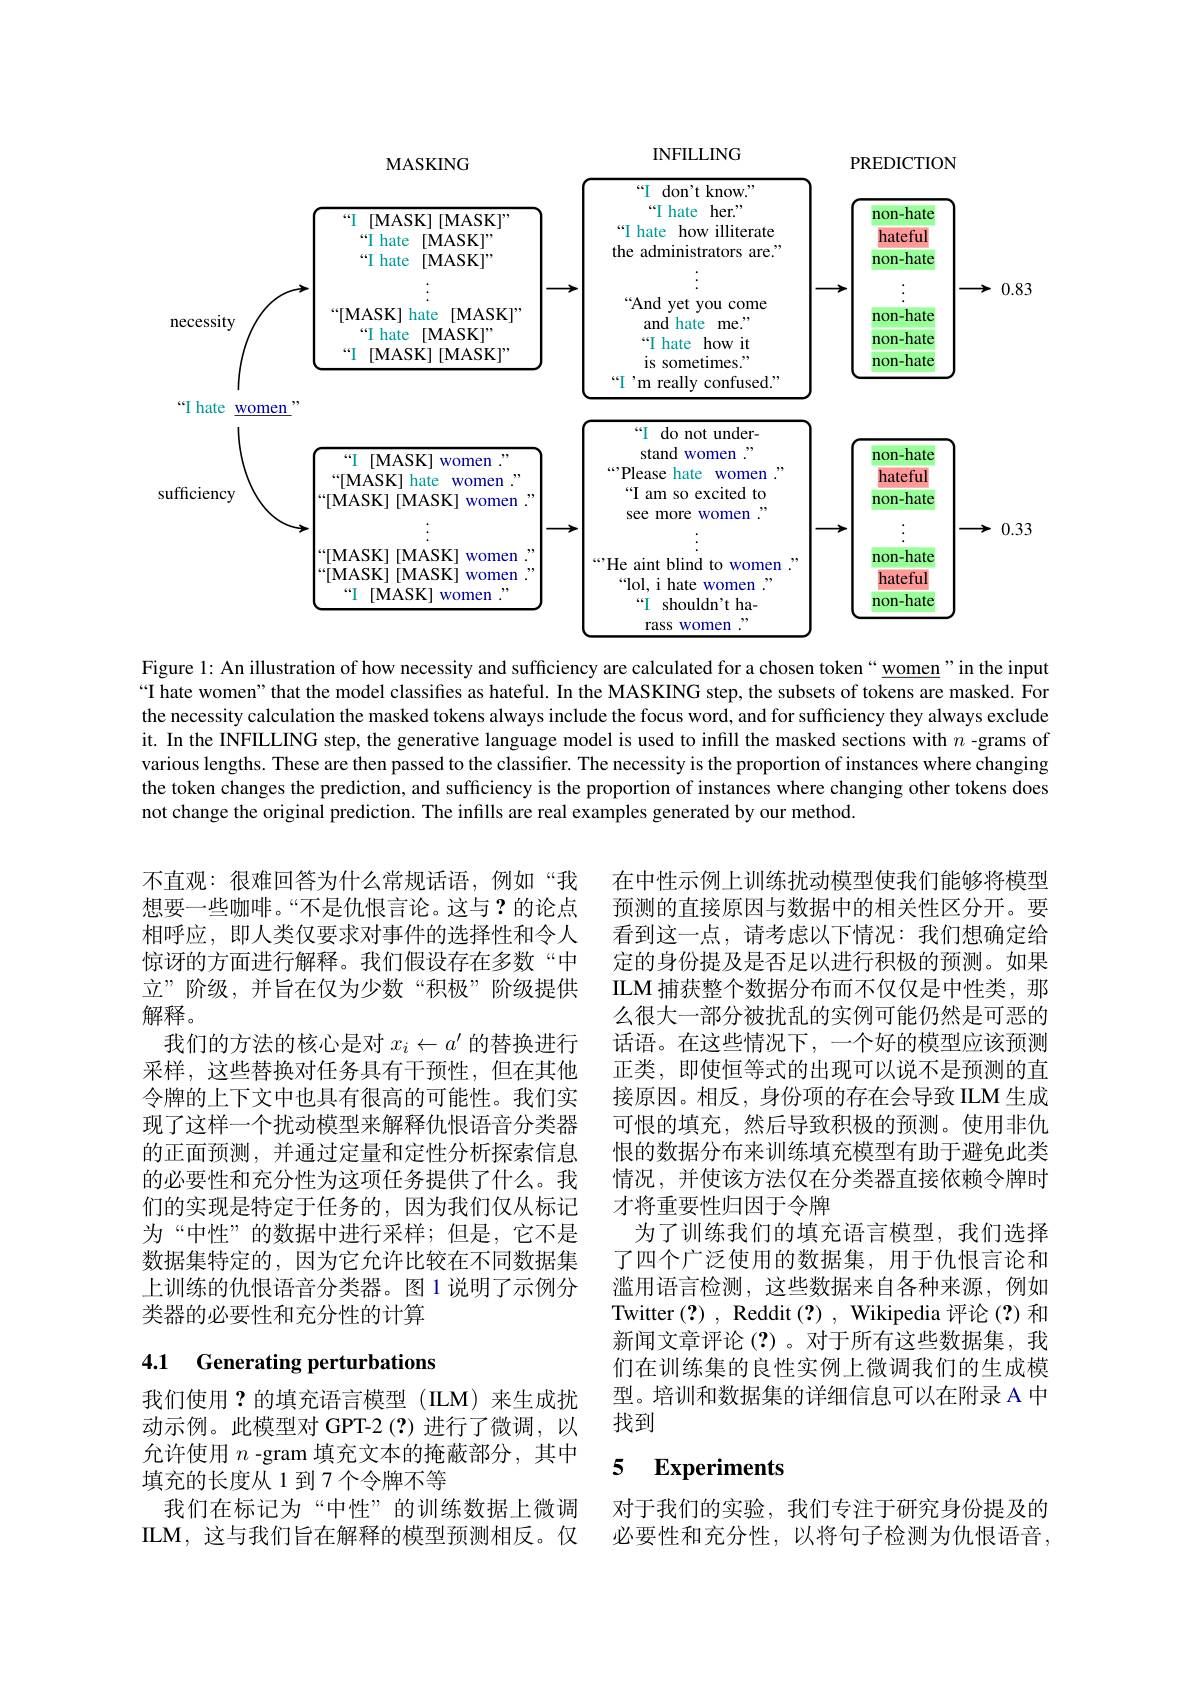
<FigureHere>

Figure 1: An illustration of how necessity and sufficiency are calculated for a chosen token“ women”in the input “I hate women" that the model classifies as hateful. In the MASKING step, the subsets of tokens are masked. For the necessity calculation the masked tokens always include the focus word, and for sufficiency they always exclude it. In the INFILLING step, the generative language model is used to infill the masked sections with $n$ -grams of various lengths. These are then passed to the classifier. The necessity is the proportion of instances where changing the token changes the prediction, and sufficiency is the proportion of instances where changing other tokens does not change the original prediction. The infills are real examples generated by our method.

不直观：很难回答为什么常规话语，例如“我想要一些咖啡。“不是仇恨言论。这与？的论点相呼应，即人类仅要求对事件的选择性和令人惊讶的方面进行解释。我们假设存在多数“中立”阶级，并旨在仅为少数“积极”阶级提供解释。
我们的方法的核心是对$x_i\leftarrow a^{\prime}$的替换进行采样，这些替换对任务具有干预性，但在其他令牌的上下文中也具有很高的可能性。我们实现了这样一个扰动模型来解释仇恨语音分类器的正面预测，并通过定量和定性分析探索信息的必要性和充分性为这项任务提供了什么。我们的实现是特定于任务的，因为我们仅从标记为“中性”的数据中进行采样；但是，它不是数据集特定的，因为它允许比较在不同数据集上训练的仇恨语音分类器。图1说明了示例分类器的必要性和充分性的计算

在中性示例上训练扰动模型使我们能够将模型预测的直接原因与数据中的相关性区分开。要看到这一点，请考虑以下情况：我们想确定给定的身份提及是否足以进行积极的预测。如果ILM 捕获整个数据分布而不仅仅是中性类，那么很大一部分被扰乱的实例可能仍然是可恶的话语。在这些情况下，一个好的模型应该预测正类，即使恒等式的出现可以说不是预测的直接原因。相反，身份项的存在会导致 ILM 生成可恨的填充，然后导致积极的预测。使用非仇恨的数据分布来训练填充模型有助于避免此类情况，并使该方法仅在分类器直接依赖令牌时才将重要性归因于令牌
为了训练我们的填充语言模型，我们选择了四个广泛使用的数据集，用于仇恨言论和滥用语言检测，这些数据来自各种来源，例如Twitter (?), Reddit (?), Wikipedia 评论(?)和新闻文章评论(?)。对于所有这些数据集，我们在训练集的良性实例上微调我们的生成模型。培训和数据集的详细信息可以在附录 A 中找到

## 4.1 Generating perturbations

### 5 $\textbf{Experiments}$

我们使用？的填充语言模型(ILM)来生成扰动示例。此模型对 GPT-2(?)进行了微调，以允许使用$n$ -gram 填充文本的掩蔽部分，其中填充的长度从 1 到 7 个令牌不等
我们在标记为“中性”的训练数据上微调ILM, 这与我们旨在解释的模型预测相反。仅

对于我们的实验，我们专注于研究身份提及的必要性和充分性，以将句子检测为仇恨语音，